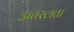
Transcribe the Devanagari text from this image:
अतरलता